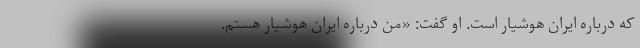
که درباره ایران هوشیار است. او گفت: «من درباره ایران هوشیار هستم.